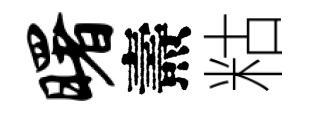
曙燾䊀